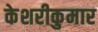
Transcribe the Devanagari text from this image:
केशरीकुमार